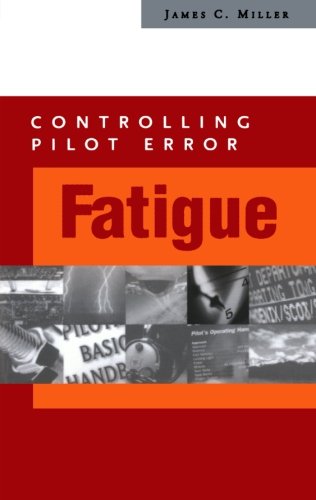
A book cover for Controlling Pilot Error: Fatigue; James Miller; Engineering & Transportation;